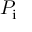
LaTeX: P _ { \mathrm { i } }